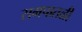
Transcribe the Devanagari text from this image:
समपातळी